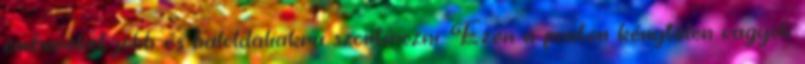
embereket jobb-és baloldaliakra szortírozni. Ezen a ponton kény­telen vagyok